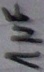
Text: 1µF